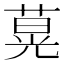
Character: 𦵽